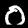
Label: 0